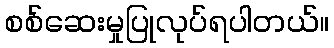
စစ်ဆေးမှုပြုလုပ်ရပါတယ်။